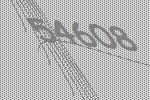
54608